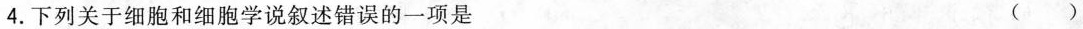
4.下列关于细胞和细胞学说叙述错误的一项是 ()